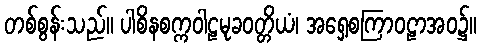
တစ်စွန်းသည်။ ပါစိနစက္ကဝါဠမုခဝတ္တိယံ၊ အရှေ့စကြာဝဠာအဝ၌။